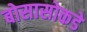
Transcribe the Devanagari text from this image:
बोसासोकडे